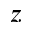
z